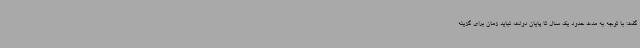
گفت: با توجه به مدت حدود یک سال تا پایان دولت، نباید زمان برای گزینه